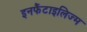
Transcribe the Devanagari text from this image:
इनफैंटाइलिज्म